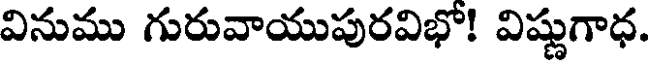
వినుము గురువాయుపురవిభో! విష్ణుగాధ.